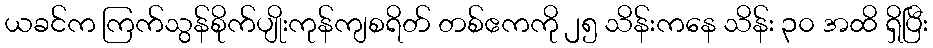
ယခင်က ကြက်သွန်စိုက်ပျိုးကုန်ကျစရိတ် တစ်ဧကကို ၂၅ သိန်းကနေ သိန်း ၃၀ အထိ ရှိပြီး